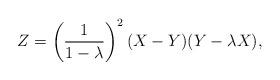
LaTeX: \begin{align*}Z = \left(\frac{1}{1-\lambda}\right)^2 (X-Y)(Y-\lambda X),\end{align*}